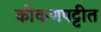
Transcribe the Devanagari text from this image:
कोकणपट्टीत